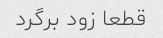
قطعا زود برگرد